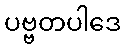
ပဗ္ဗတပါဒေ